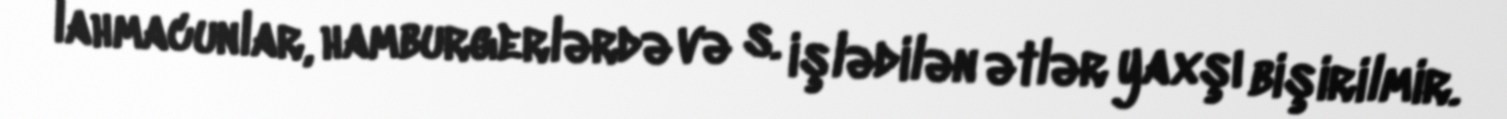
lahmacunlar, hamburgerlərdə və s. işlədilən ətlər yaxşı bişirilmir.